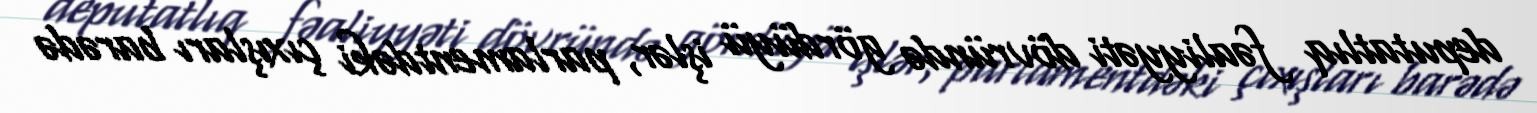
deputatlıq fəaliyyəti dövründə gördüyü işlər, parlamentdəki çıxışları barədə